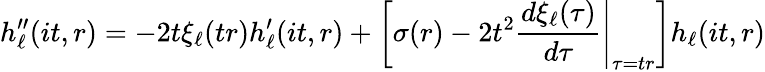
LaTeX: h_{\ell}^{\prime\prime}(it,r)=-2t\xi_{\ell}(tr)h_{\ell}^{\prime}(it,r)+\left[\sigma(r)-2t^{2}\left.\frac{d\xi_{\ell}(\tau)}{d\tau}\right|_{\tau=tr}\right]h_{\ell}(it,r)